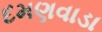
દમણવાડા